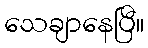
သေချာနေပြီ။